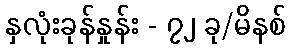
နှလုံးခုန်နှုန်း - ၇၂ ခု/မိနစ်